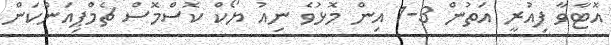
އޮޓާވާ ފިއުރީ އަތުން 3-1 އިން މޮޅުވެ ނިއު ޔޯކް ކޮސްމޮސް ޗެމްޕިއަންކަން